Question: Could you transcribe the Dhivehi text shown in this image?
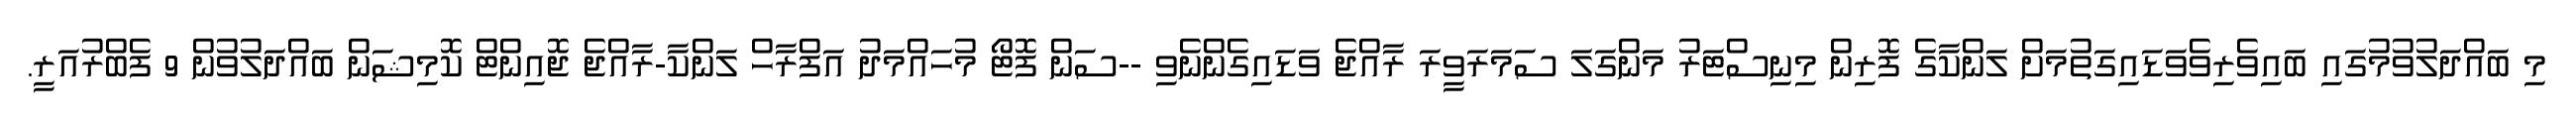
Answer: މި ބައްދަލުވުމުގައި ބައިވެރިވެވަޑައިގަތުމަށް ލަންކާގެ ފޮރިން މިނިސްޓަރު މަންގަލަ ސަމަރަވީރަ ރާއްޖެ ވަޑައިގެންނެވި --ސަން ފޮޓޯ މުހައްމަދު އަފްރާހް ލަންކާ-ރާއްޖެ ޖޮއިންޓް ކޮމިޝަން ބައްދަލުވުން 9 ފެބްރުއަރީ.